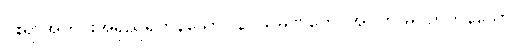
ငါးရာအတိုင်းအရှည်ရှိကုန်သော။ နဂ္ဂသမဏကေ၊ အဝတ် မဝတ်ကုန်သော